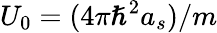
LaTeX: \displaystyle U_{0}=(4\pi\hslash^{2}a_{s})/m